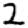
Digit: 2